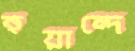
হুয়ান্দে